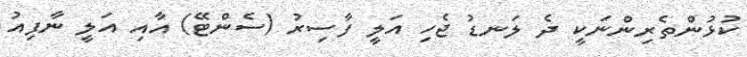
ކުޅުންތެރިންނަކީ ދެ ލަނޑު ޖެހި އަލީ ފާސިރު (ސެންޓޭ) އާއި އަލީ ނާފިއު